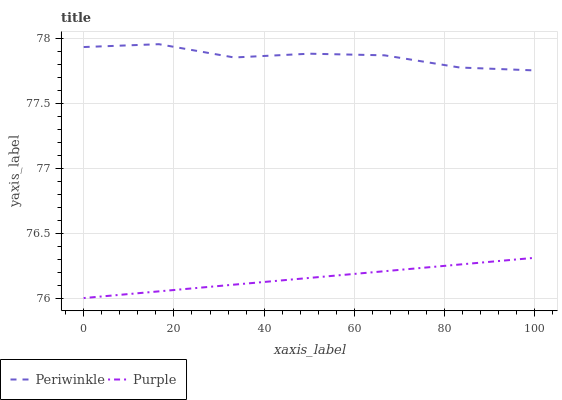
| xaxis_label | Periwinkle | Purple |
 | --- | --- | --- |
 | 0 | 77.9 | 76 |
 | 16.7 | 78 | 76.1 |
 | 33.3 | 77.9 | 76.1 |
 | 50 | 77.9 | 76.2 |
 | 66.7 | 77.9 | 76.2 |
 | 83.3 | 77.8 | 76.3 |
 | 100 | 77.8 | 76.3 |